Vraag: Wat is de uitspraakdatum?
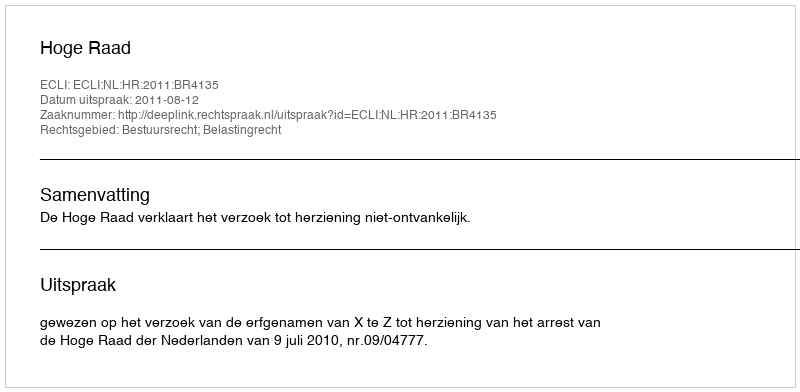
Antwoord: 2011-08-12